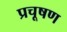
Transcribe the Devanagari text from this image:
प्रचूषण